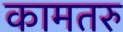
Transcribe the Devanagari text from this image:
कामतरु